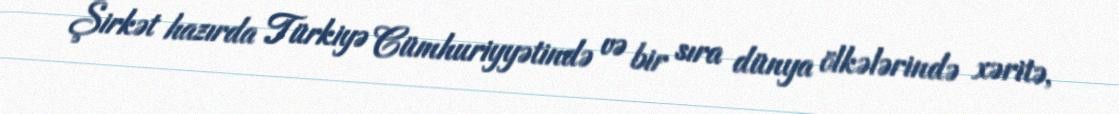
Şirkət hazırda Türkiyə Cümhuriyyətində və bir sıra dünya ölkələrində xəritə,